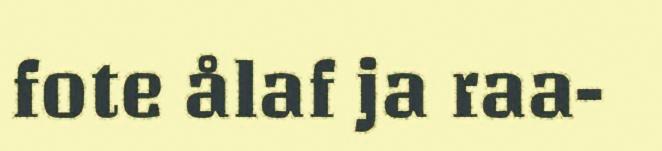
fote ålaf ja raa-